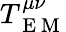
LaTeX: T_{\mathrm{~E~M~}}^{\mu\nu}